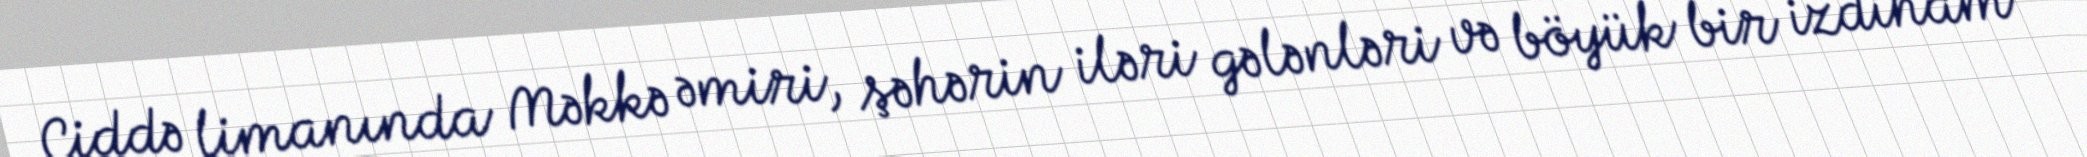
Ciddə limanında Məkkə əmiri, şəhərin iləri gələnləri və böyük bir izdiham